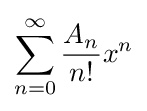
\sum _{n=0}^{\infty }{\frac {A_{n}}{n!}}x^{n}